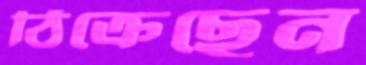
ঠিক্‌রেছেন